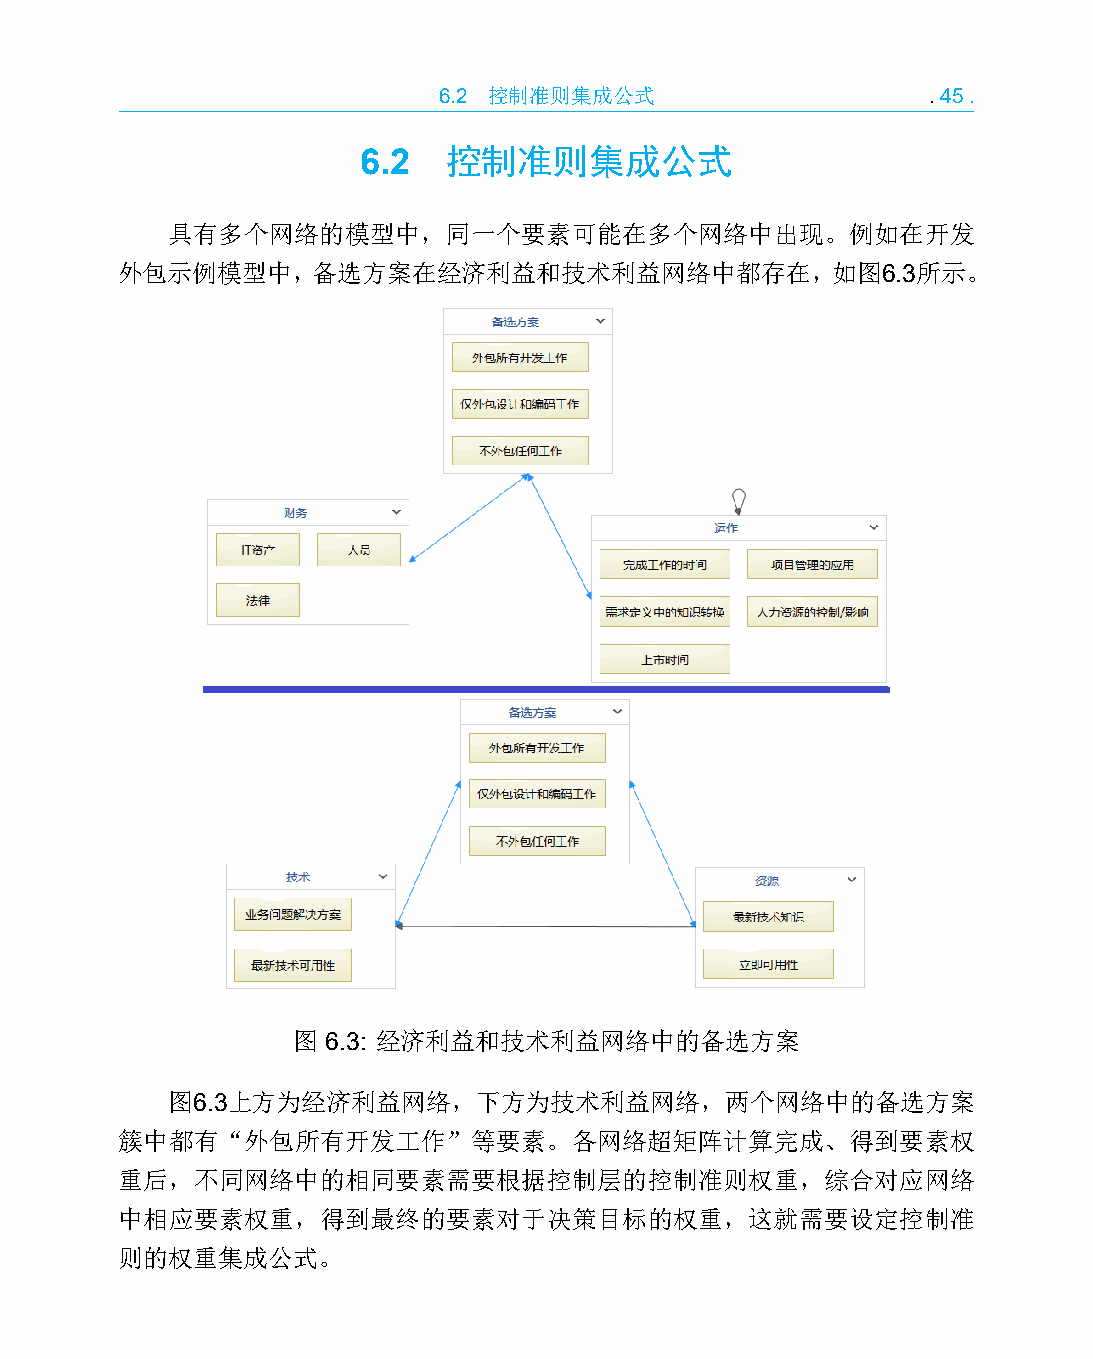
6.2 控制准则集成公式                    .45.
 6.2   控制准则集成公式
 具有多个网络的模型中，同一个要素可能在多个网络中出现。例如在开发
 外包示例模型中，备选方案在经济利益和技术利益网络中都存在，如图6.3所示。
 图  6.3: 经济利益和技术利益网络中的备选方案
 图6.3上方为经济利益网络，下方为技术利益网络，两个网络中的备选方案
 簇中都有“外包所有开发工作”等要素。各网络超矩阵计算完成、得到要素权
 重后，不同网络中的相同要素需要根据控制层的控制准则权重，综合对应网络
 中相应要素权重，得到最终的要素对于决策目标的权重，这就需要设定控制准
 则的权重集成公式。